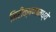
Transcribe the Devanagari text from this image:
निरीक्षणामध्ये